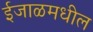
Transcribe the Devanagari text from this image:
ईजाळमधील